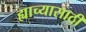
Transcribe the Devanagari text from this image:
ह्याच्यासाठी